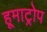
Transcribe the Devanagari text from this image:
हूमाट्रोप